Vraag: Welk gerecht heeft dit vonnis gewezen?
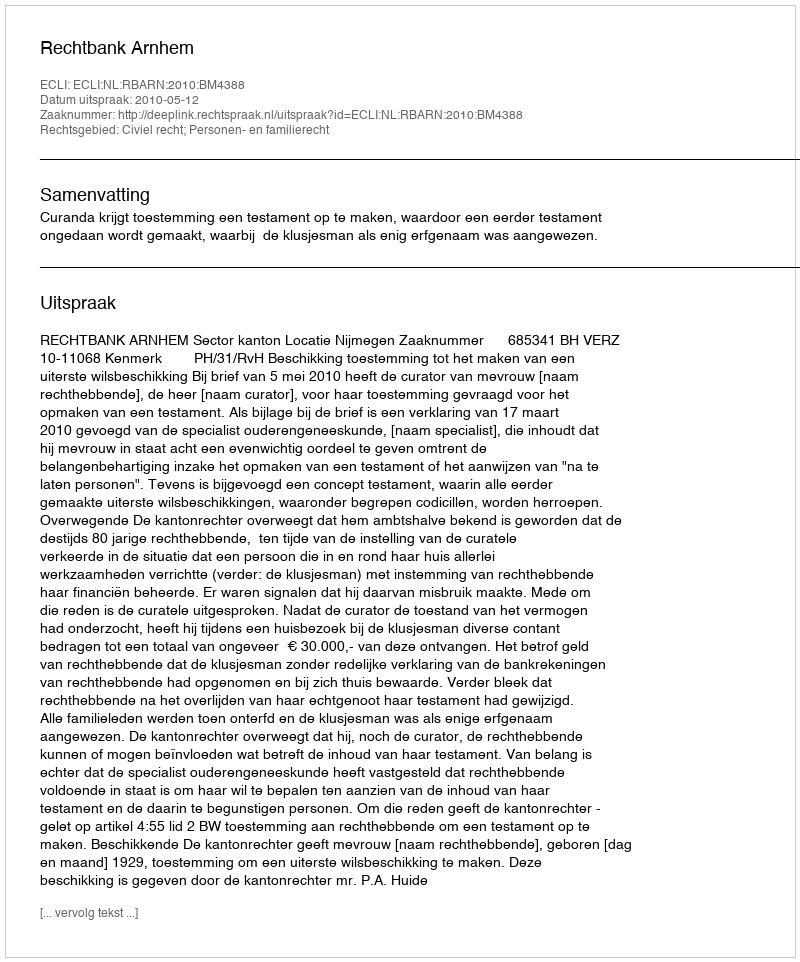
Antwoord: Rechtbank Arnhem